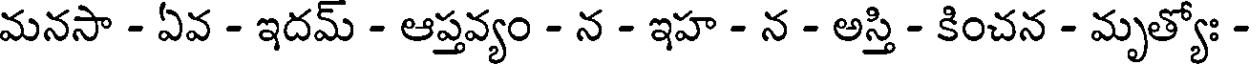
మనసా - ఏవ - ఇదమ్ - ఆప్తవ్యం - న - ఇహ - న - అస్తి - కించన - మృత్యోః -